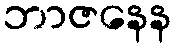
ဘာဇနေန